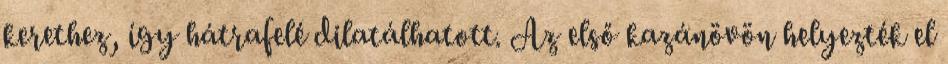
kerethez, így hátrafelé dilatálhatott. Az első kazánövön helyezték el